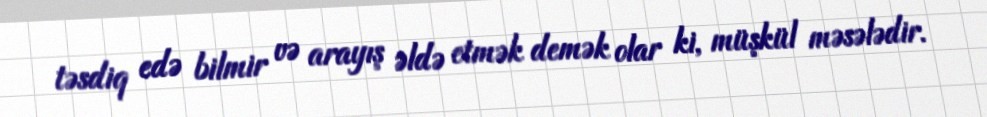
təsdiq edə bilmir və arayış əldə etmək demək olar ki, müşkül məsələdir.